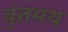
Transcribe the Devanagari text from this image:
वृंतमय